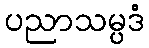
ပညာသမ္ပဒံ